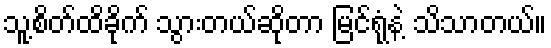
သူ့စိတ်ထိခိုက် သွားတယ်ဆိုတာ မြင်ရုံနဲ့ သိသာတယ်။